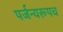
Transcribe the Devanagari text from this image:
पर्जन्यरूपच